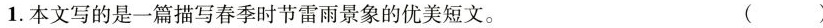
1.本文写的是一篇描写春季时节雷雨景象的优美短文。 ()